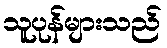
သူပုန်များသည်